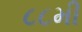
૮૮મી